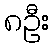
၈ဦး